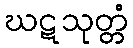
ဃဋသုတ္တံ